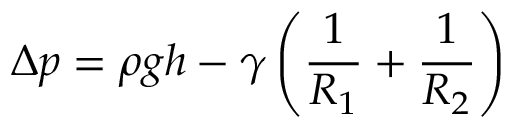
\Delta p = \rho g h - \gamma \left( { \frac { 1 } { R _ { 1 } } } + { \frac { 1 } { R _ { 2 } } } \right)